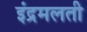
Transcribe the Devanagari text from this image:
इंद्रमलती